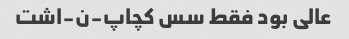
عالی بود فقط سس کچاپ-ن-اشت